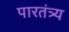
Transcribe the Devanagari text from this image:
पारतंत्र्य